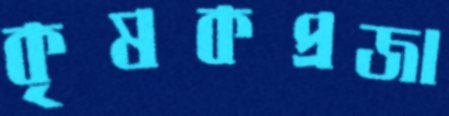
কৃষকপ্রজা